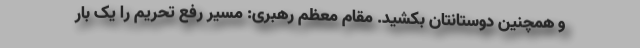
و همچنین دوستانتان بکشید. مقام معظم رهبری: مسیر رفع تحریم را یک بار